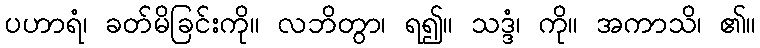
ပဟာရံ၊ ခတ်မိခြင်းကို။ လဘိတွာ၊ ရ၍။ သဒ္ဒံ၊ ကို။ အကာသိ၊ ၏။